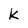
Character: k